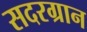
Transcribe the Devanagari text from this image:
सदरग्रान